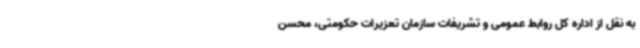
به نقل از اداره کل روابط عمومی و تشریفات سازمان تعزیرات حکومتی، محسن